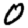
Digit: 0